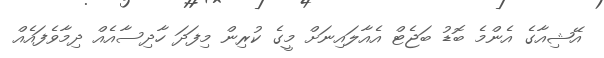
އޭޝިއާގެ އެންމެ ބޮޑު ބަޖެޓް އެއާލައިނަށް މީގެ ކުރިން މިފަދަ ހާދިސާއެއް ދިމާވެފައެއް